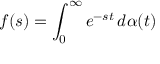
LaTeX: f ( s ) = \int _ { 0 } ^ { \infty } e ^ { - s t } \, d \alpha ( t )